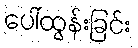
ပေါ်ထွန်းခြင်း